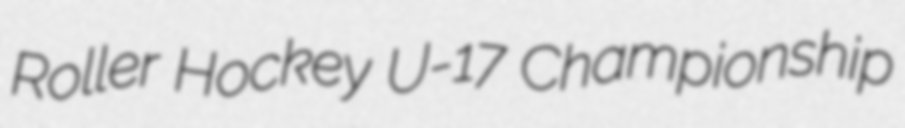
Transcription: Roller Hockey U-17 Championship